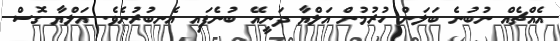
އެއްޗެއް ނުބުނެ ބަލަން ހުރުމުން އަލްޔާ ދަނީއޭ ބުނެފައި އެނބުރުނެވެ. އަލްޔާ ގޮސް